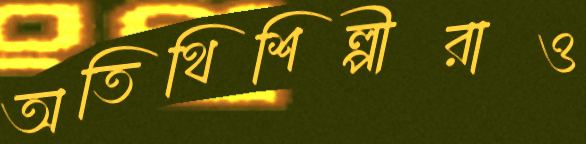
অতিথিশিল্পীরাও